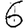
Digit: 6